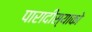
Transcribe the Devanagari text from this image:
पारादीस्याको